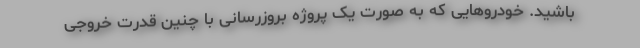
باشید. خودروهایی که به صورت یک پروژه بروزرسانی با چنین قدرت خروجی